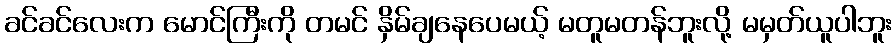
ခင်ခင်လေးက မောင်ကြီးကို တမင် နှိမ်ချနေပေမယ့် မတူမတန်ဘူးလို့ မမှတ်ယူပါဘူး